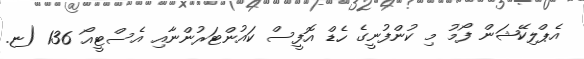
އެޕްލިކޭޝަން ފޯމު މި ކުންފުނީގެ ހެޑް އޮފީސް ކައުންޓަރުންނާއި އެސްޓީއޯ 136 (ޏ.